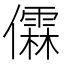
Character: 𫣼